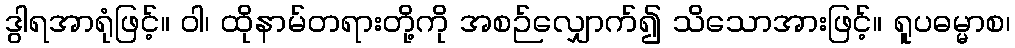
ဒွါရအာရုံဖြင့်။ ဝါ၊ ထိုနာမ်တရားတို့ကို အစဉ်လျှောက်၍ သိသောအားဖြင့်။ ရူပဓမ္မာစ၊